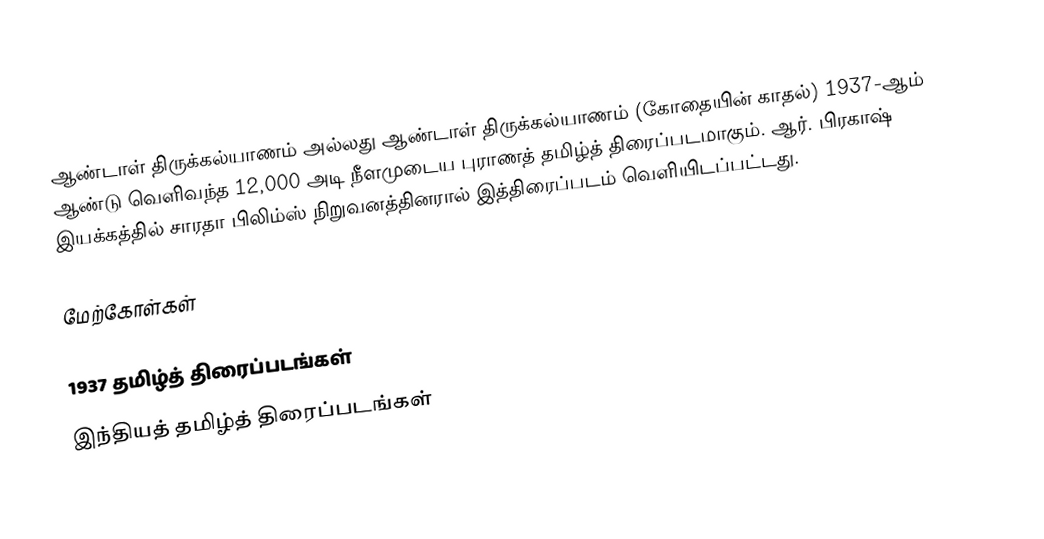
ஆண்டாள் திருக்கல்யாணம் அல்லது ஆண்டாள் திருக்கல்யாணம் (கோதையின் காதல்) 1937-ஆம் ஆண்டு வெளிவந்த 12,000 அடி நீளமுடைய புராணத் தமிழ்த் திரைப்படமாகும். ஆர். பிரகாஷ் இயக்கத்தில் சாரதா பிலிம்ஸ் நிறுவனத்தினரால் இத்திரைப்படம் வெளியிடப்பட்டது.

மேற்கோள்கள்

1937 தமிழ்த் திரைப்படங்கள்
இந்தியத் தமிழ்த் திரைப்படங்கள்